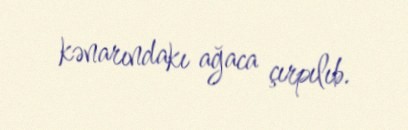
kənarındakı ağaca çırpılıb.